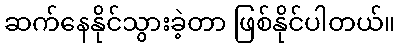
ဆက်နေနိုင်သွားခဲ့တာ ဖြစ်နိုင်ပါတယ်။